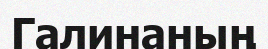
Галинаның